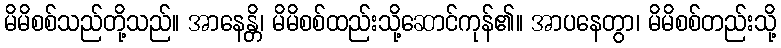
မိမိစစ်သည်တို့သည်။ အာနေန္တိ၊ မိမိစစ်ထည်းသို့ဆောင်ကုန်၏။ အာပနေတွာ၊ မိမိစစ်တည်းသို့